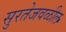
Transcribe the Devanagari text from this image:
सुरतेजवळील